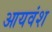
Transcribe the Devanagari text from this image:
आयवंश